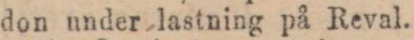
don under lastning på Reval.